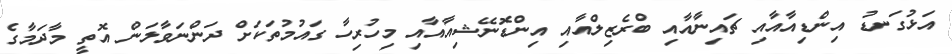
އަޅުގަނޑު އިންޑިއާއާއި ޗައިނާއާއި ބްރެޒިލްއާއި އިންޑޮނޭޝިއާއާއި މިހުރިހާ ގައުމުތަކަށް ދަންނަވާލަން އޮތީ މާދަމާގެ